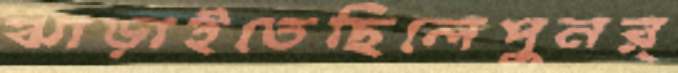
ঝাড়াইতেছিলেপুনর্